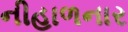
નીહાળનાર